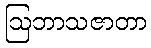
ဩဘာသဇာတာ